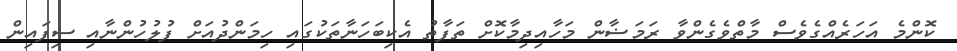
ކޮންމެ އަހަރެއްގެވެސް މާތްވެގެންވާ ރަމަޟާން މަހާއިދިމާކޮށް ތަފާތު އެކިބަހަނާތަކުގައި ހިމަންދުއަށް ފުލުހުންނާއި ސިފައިން